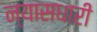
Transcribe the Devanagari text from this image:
न्यासधारी